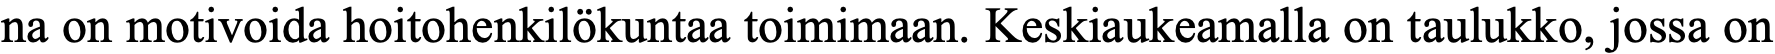
na on motivoida hoitohenkilökuntaa toimimaan. Keskiaukeamalla on taulukko, jossa on